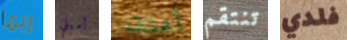
ربما أميلي أعتقد تنتقم فلدي